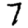
Digit: 7